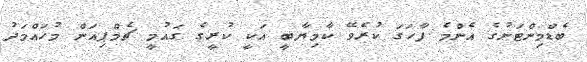
ބެޑްމިންޓަނުގެ އެންމެ ފާހަގަ ކުރެވޭ ކާމިޔާބީ އަކީ ކުރީގެ ގައުމީ ޗެމްޕިއަން މުހައްމަދު